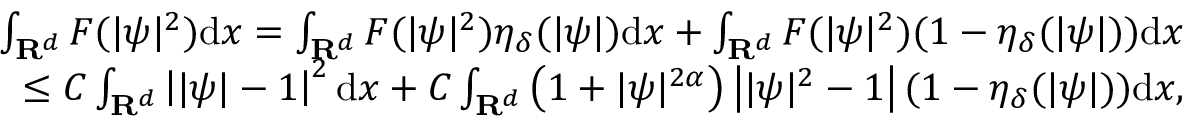
\begin{array} { r } { \int _ { { \mathbf R } ^ { d } } F ( | \psi | ^ { 2 } ) \mathrm d x = \int _ { { \mathbf R } ^ { d } } F ( | \psi | ^ { 2 } ) \eta _ { \delta } ( | \psi | ) \mathrm d x + \int _ { { \mathbf R } ^ { d } } F ( | \psi | ^ { 2 } ) ( 1 - \eta _ { \delta } ( | \psi | ) ) \mathrm d x } \\ { \leq C \int _ { { \mathbf R } ^ { d } } \left| | \psi | - 1 \right| ^ { 2 } \mathrm d x + C \int _ { { \mathbf R } ^ { d } } \left( 1 + | \psi | ^ { 2 \alpha } \right) \left| | \psi | ^ { 2 } - 1 \right| ( 1 - \eta _ { \delta } ( | \psi | ) ) \mathrm d x , } \end{array}